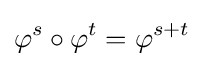
\varphi ^{s}\circ \varphi ^{t}=\varphi ^{s+t}